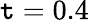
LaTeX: \mathtt{t}=0.4